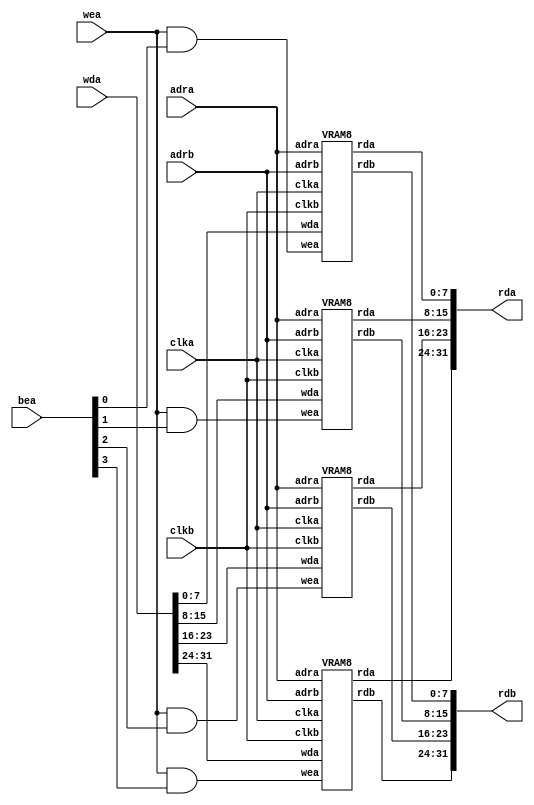
module VRAM (
  input clka,
  input [15:0] adra,
  input [3:0] bea,
  input wea,
  input [31:0] wda,
  output [31:0] rda,
  input clkb,
  input [15:0] adrb,
  output [31:0] rdb);
  
  wire [7:0] rda_0, rda_1, rda_2, rda_3;
  wire [7:0] viddata_0, viddata_1, viddata_2, viddata_3;

  VRAM8 vram8_0(.clka(clka), .adra(adra), .wea(wea & bea[0]),
  .wda(wda[7:0]), .rda(rda_0), .clkb(clkb), .adrb(adrb),
  .rdb(viddata_0));

  VRAM8 vram8_1(.clka(clka), .adra(adra), .wea(wea & bea[1]),
  .wda(wda[15:8]), .rda(rda_1), .clkb(clkb), .adrb(adrb),
  .rdb(viddata_1));

  VRAM8 vram8_2(.clka(clka), .adra(adra), .wea(wea & bea[2]),
  .wda(wda[23:16]), .rda(rda_2), .clkb(clkb), .adrb(adrb),
  .rdb(viddata_2));

  VRAM8 vram8_3(.clka(clka), .adra(adra), .wea(wea & bea[3]),
  .wda(wda[31:24]), .rda(rda_3), .clkb(clkb), .adrb(adrb),
  .rdb(viddata_3));

  assign rda = {rda_3, rda_2, rda_1, rda_0};
  assign rdb = {viddata_3, viddata_2, viddata_1, viddata_0};

endmodule


module VRAM8 (
  input clka,
  input [15:0] adra,
  input wea,
  input [7:0] wda,
  output reg [7:0] rda,
  input clkb,
  input [15:0] adrb,
  output reg [7:0] rdb);

  reg [7:0] ram [40959:0];

  // Port A
  always @(posedge clka) begin
    rda <= ram[adra];
    if(wea) begin
      rda <= wda;
      ram[adra] <= wda;
    end
  end

  // Port B
  always @(posedge clkb) begin
    rdb <= ram[adrb];
  end
 
endmodule